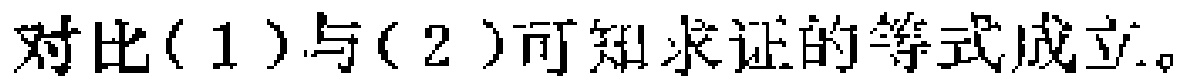
对比(1)与(2)可知求证的等式成立。